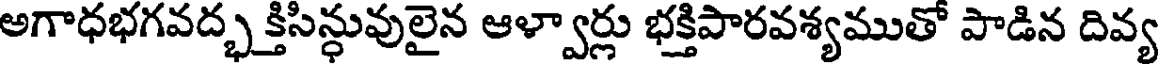
అగాధభగవద్భ క్తిసిన్ధువులైన ఆళ్వార్లు భక్తిపారవశ్యముతో పాడిన దివ్య